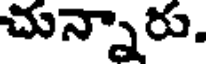
చున్నారు.